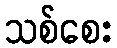
သစ်စေး